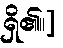
ရှိ၏။]